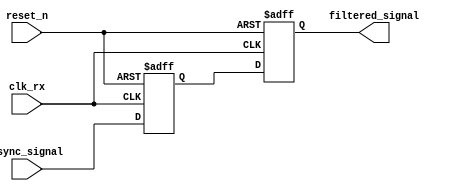
module meta_stability_filter (
    input wire clk_rx,          // Receiving clock
    input wire reset_n,        // Active-low reset
    input wire async_signal,    // Asynchronous input signal
    output reg filtered_signal   // Filtered output signal
);

    // Internal signals for the two flip-flops
    reg ff1_out;

    // Dual Flip-Flop Synchronizer
    always @(posedge clk_rx or negedge reset_n) begin
        if (!reset_n) begin
            // Reset both flip-flops on active-low reset
            ff1_out <= 1'b0;
            filtered_signal <= 1'b0;
        end else begin
            // First flip-flop samples the async_signal
            ff1_out <= async_signal;
            // Second flip-flop samples the output of the first
            filtered_signal <= ff1_out;
        end
    end

endmodule